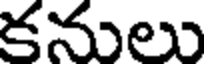
కనులు